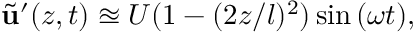
\tilde { \mathbf { u } } ^ { \prime } ( z , t ) \approxeq U ( 1 - ( 2 z / l ) ^ { 2 } ) \sin { ( \omega t ) } ,